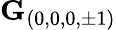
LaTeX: \mathbf{G}_{(0,0,0,\pm 1)}